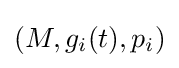
(M,g_{i}(t),p_{i})